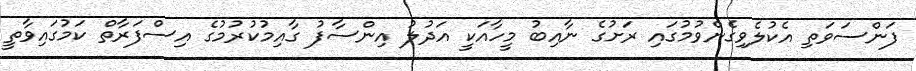
ފަންސަވަތި އެކުލެވިގެންވުމުގައި ރަށުގެ ނާއިބު މީހާއަކީ އަދުލު އިންސާފު ގާއިމުކުރުމުގެ އިސްފަރާތް ކަމުގައިވާތީ